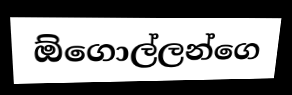
ඕගොල්ලන්ගෙ